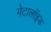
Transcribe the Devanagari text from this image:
मेटालॉइड